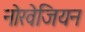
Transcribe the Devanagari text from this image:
नोरवेजियन